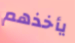
يأخذهم